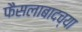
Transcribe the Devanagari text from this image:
फैसलाबादच्या